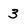
Character: 3